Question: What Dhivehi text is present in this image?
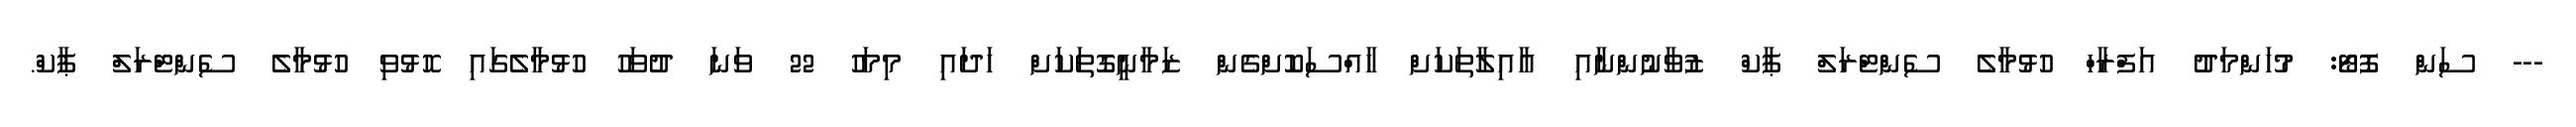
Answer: --- ސަން ފޮޓޯ: މުހަންމަދު އަފްރާހް ހުޅުމާލެ ސެންޓްރަލް ޕާކް ޒުވާނުންނާއި އާއިލާތަކަށް ހާއްސަކޮށްގެން ޒަމާނީގޮތަކަށް ހަދައި މިމަހު 22 ވަނަ ދުވަހު ހުޅުމާލެގައި ހޮޅުވި ހުޅުމާލެ ސެންޓްރަލް ޕާކް.